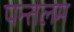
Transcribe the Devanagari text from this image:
पन्तलम